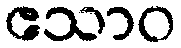
ဧသာဝ